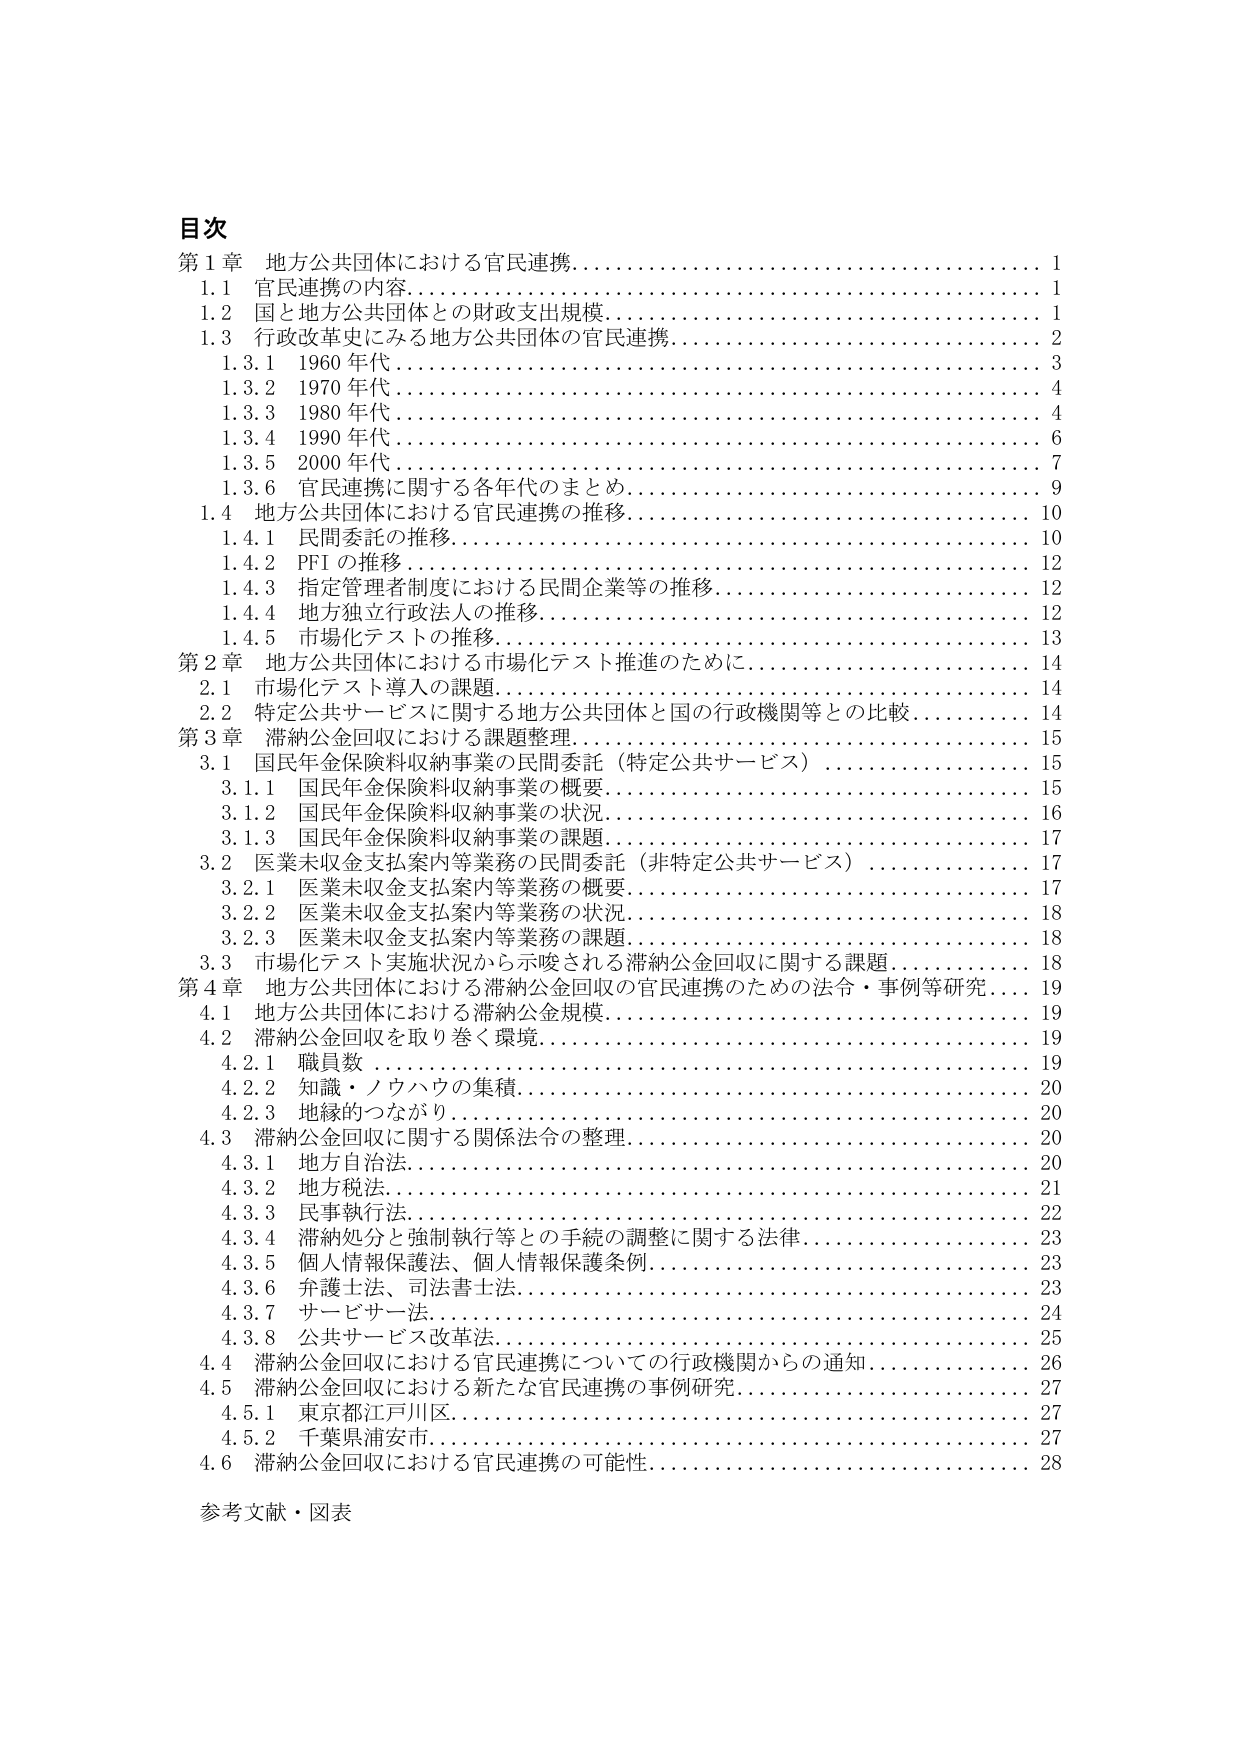
目次
第1章 地方公共団体における官民連携……………………………1
　1.1 官民連携の内容………………………………………………1
　1.2 国と地方公共団体との財政支出規模…………………………1
　1.3 行政改革史にみる地方公共団体の官民連携…………………2
　　1.3.1 1960年代…………………………………………………3
　　1.3.2 1970年代…………………………………………………4
　　1.3.3 1980年代…………………………………………………4
　　1.3.4 1990年代…………………………………………………6
　　1.3.5 2000年代…………………………………………………7
　　1.3.6 官民連携に関する各年代のまとめ………………………9
　1.4 地方公共団体における官民連携の推移………………………10
　　1.4.1 民間委託の推移…………………………………………10
　　1.4.2 PFIの推移…………………………………………………12
　　1.4.3 指定管理者制度における民間企業等の推移……………12
　　1.4.4 地方独立行政法人の推移………………………………12
　　1.4.5 市場化テストの推移……………………………………13
第2章 地方公共団体における市場化テスト推進のために…………14
　2.1 市場化テスト導入の課題……………………………………14
　2.2 特定公共サービスに関する地方公共団体と国の行政機関等との比較……14
第3章 滞納公金回収における課題整理……………………………15
　3.1 国民年金保険料収納事業の民間委託（特定公共サービス）……15
　　3.1.1 国民年金保険料収納事業の概要…………………………15
　　3.1.2 国民年金保険料収納事業の状況…………………………16
　　3.1.3 国民年金保険料収納事業の課題…………………………17
　3.2 医業未収金支払案内等業務の民間委託（非特定公共サービス）……17
　　3.2.1 医業未収金支払案内等業務の概要………………………17
　　3.2.2 医業未収金支払案内等業務の状況………………………18
　　3.2.3 医業未収金支払案内等業務の課題………………………18
　3.3 市場化テスト実施状況から示唆される滞納公金回収に関する課題……18
第4章 地方公共団体における滞納公金回収の官民連携のための法令・事例等研究……19
　4.1 地方公共団体における滞納公金規模…………………………19
　4.2 滞納公金回収を取り巻く環境………………………………19
　　4.2.1 職員数……………………………………………………19
　　4.2.2 知識・ノウハウの集積……………………………………20
　　4.2.3 地縁的つながり…………………………………………20
　4.3 滞納公金回収に関する関係法令の整理………………………20
　　4.3.1 地方自治法………………………………………………20
　　4.3.2 地方税法…………………………………………………21
　　4.3.3 民事執行法………………………………………………22
　　4.3.4 滞納処分と強制執行等との手続の調整に関する法律……23
　　4.3.5 個人情報保護法、個人情報保護条例……………………23
　　4.3.6 弁護士法、司法書士法……………………………………23
　　4.3.7 サービサー法……………………………………………24
　　4.3.8 公共サービス改革法………………………………………25
　4.4 滞納公金回収における官民連携についての行政機関からの通知……26
　4.5 滞納公金回収における新たな官民連携の事例研究……………27
　　4.5.1 東京都江戸川区…………………………………………27
　　4.5.2 千葉県浦安市……………………………………………27
　4.6 滞納公金回収における官民連携の可能性……………………28
参考文献・図表